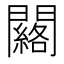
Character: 𨷀